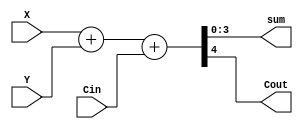
`timescale 1ns / 1ps
//////////////////////////////////////////////////////////////////////////////////
// Company: 
// Engineer: 
// 
// Design Name: 
// Module Name: adder
// Project Name: 
// Target Devices: 
// Tool Versions: 
// Description: 
// 
// Dependencies: 
// 
// Revision:
// Revision 0.01 - File Created
// Additional Comments:
// 
//////////////////////////////////////////////////////////////////////////////////


module adder(
    input [3 : 0] X,
    input [3 : 0] Y,
    input Cin,
    output wire [3 : 0] sum,
    output wire Cout
    );
    assign {Cout,sum} = X + Y + Cin;
endmodule